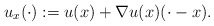
\begin{align*}u_x(\cdot):=u(x)+\nabla u(x)(\cdot-x).\end{align*}